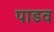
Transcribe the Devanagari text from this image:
पाडव